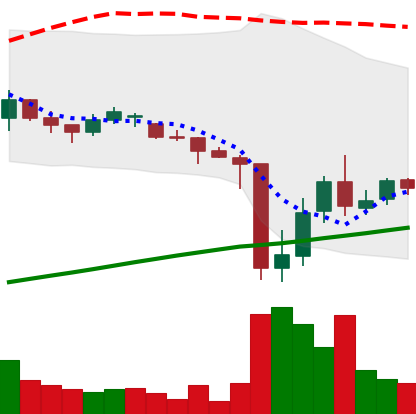
Ticker: DOGE-USD
Chart end date: 2021-06-28
Forward return: -4.067%
Label: down_3_5